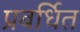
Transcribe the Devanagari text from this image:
प्रबर्धित